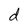
Character: d